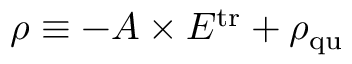
\rho \equiv - A \times E ^ { \mathrm { t r } } + \rho _ { \mathrm { q u } }